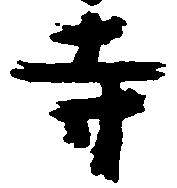
寺